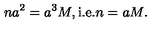
n a ^ { 2 } = a ^ { 3 } M , \mathrm { i . e . } n = a M .